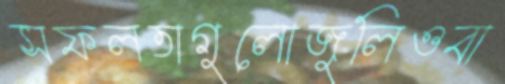
সফলতাগুলোজুলিওবা